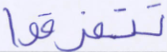
تتفرقوا